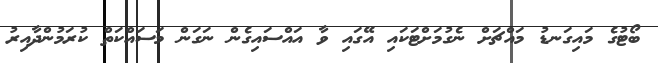
ބޯޓުގެ މައިގަނޑު މައްޗަށް ނެގުމަށްޓަކައި އޭގައި ވާ އައްސައިގެން ނަގަން މަސައްކަތް ކުރަމުންދާއިރު